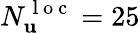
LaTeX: N_{\mathbf{u}}^{\mathrm{~l~o~c~}}=25